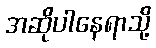
အဆိုပါနေရာသို့